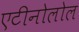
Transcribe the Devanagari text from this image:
एटीनोलोल